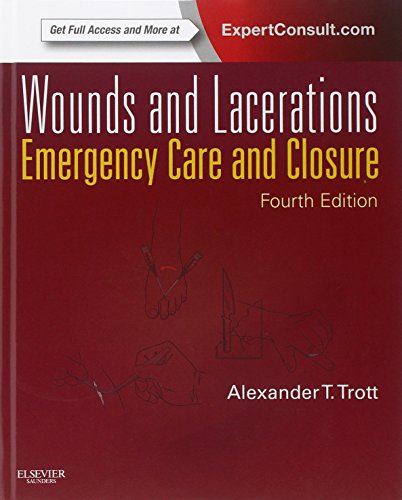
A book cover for Wounds and Lacerations: Emergency Care and Closure (Expert Consult - Online and Print), 4e; Alexander T. Trott MD; Medical Books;